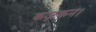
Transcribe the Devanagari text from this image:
कज़कन।